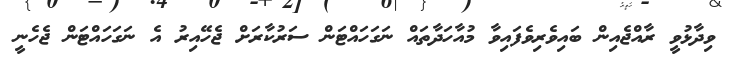
ވިދާޅުވީ ރާއްޖެއިން ބައިވެރިވެފައިވާ މުއާހަދާތައް ނަގަހައްޓަން ސަރުކާރަށް ޖެހޭއިރު އެ ނަގަހައްޓަން ޖެހެނީ